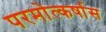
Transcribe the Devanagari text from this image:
परमोत्कर्षास